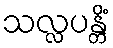
သလ္လပန္တိံ